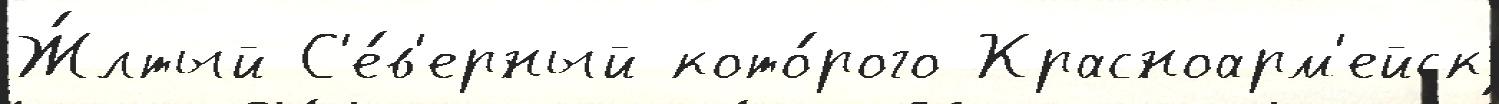
Ж́лтый С'е́в'ерный кото́рого Красноарм'ейск